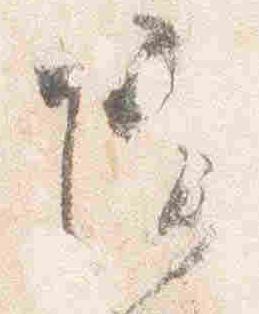
院